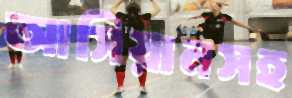
আসিয়ানসহ